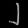
Digit: ၂